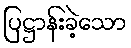
ပြဋ္ဌာန်းခဲ့သော